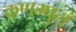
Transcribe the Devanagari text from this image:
कणम्पुल्